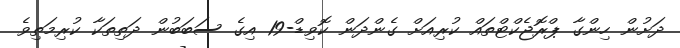
ދަށުން ހިންގާ ޕްރޮޖެކްޓްތައް ކުރިއަށް ގެންދަން ކޮވިޑް-19 އިގެ ސަބަބުން ދަތިތަކާ ކުރިމަތިވެ